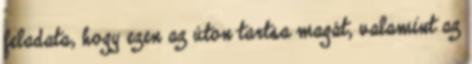
feladata, hogy ezen az úton tartsa magát, valamint az